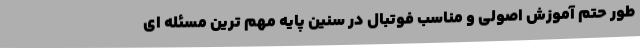
طور حتم آموزش اصولی و مناسب فوتبال در سنین پایه مهم ترین مسئله ای